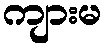
ကျားမ